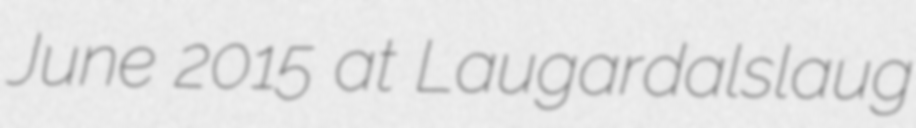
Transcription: June 2015 at Laugardalslaug